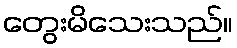
တွေးမိသေးသည်။